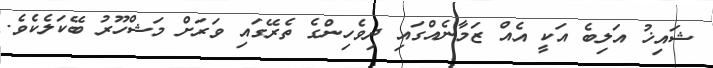
ޝައިޚު އަލިބެ އަކީ އެއް ޒަމާނެއްގައި ދިވެހިންގެ ތެރޭގައި ވަރަށް މަޝްހޫރު ބޭކަލެކެވެ.